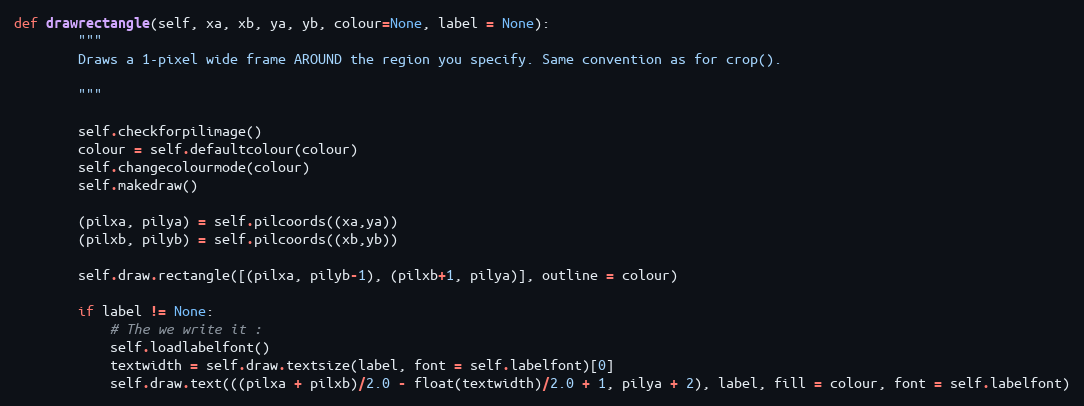
Language: Python
def drawrectangle(self, xa, xb, ya, yb, colour=None, label = None):
        """
        Draws a 1-pixel wide frame AROUND the region you specify. Same convention as for crop().

        """

        self.checkforpilimage()
        colour = self.defaultcolour(colour)
        self.changecolourmode(colour)
        self.makedraw()

        (pilxa, pilya) = self.pilcoords((xa,ya))
        (pilxb, pilyb) = self.pilcoords((xb,yb))

        self.draw.rectangle([(pilxa, pilyb-1), (pilxb+1, pilya)], outline = colour)

        if label != None:
            # The we write it :
            self.loadlabelfont()
            textwidth = self.draw.textsize(label, font = self.labelfont)[0]
            self.draw.text(((pilxa + pilxb)/2.0 - float(textwidth)/2.0 + 1, pilya + 2), label, fill = colour, font = self.labelfont)